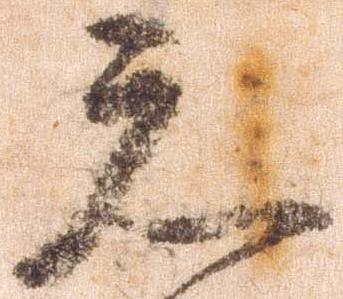
元